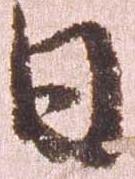
日